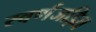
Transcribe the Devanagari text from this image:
स्वर्णजड़ित